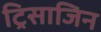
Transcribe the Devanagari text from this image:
ट्रिसाजिन